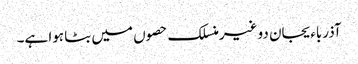
آذرباءیجان دو غیرمنسلک حصوں میں بٹا ہوا ہے۔